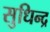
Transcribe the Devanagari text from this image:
सुधिन्द्र